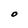
Character: O